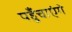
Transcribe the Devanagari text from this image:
पहुँचाएंगे